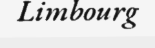
Limbourg